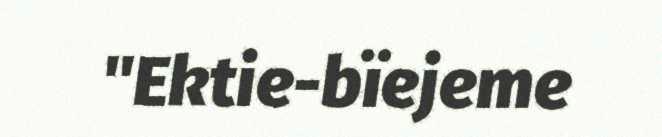
"Ektie-bïejeme